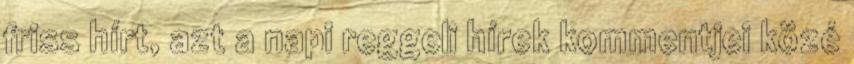
friss hírt, azt a napi reggeli hírek kommentjei közé